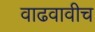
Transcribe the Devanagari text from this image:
वाढवावीच